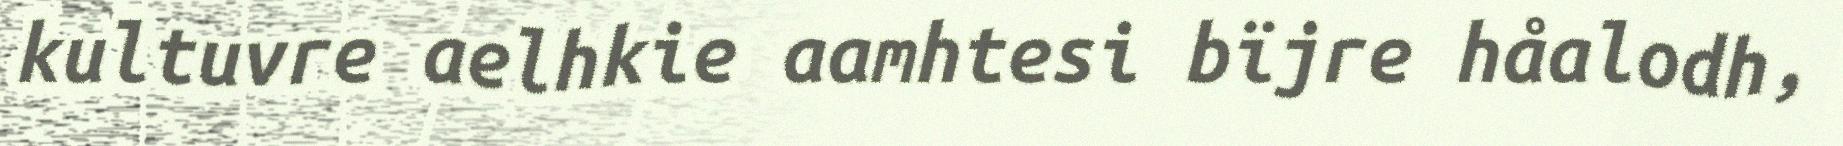
kultuvre aelhkie aamhtesi bïjre håalodh,